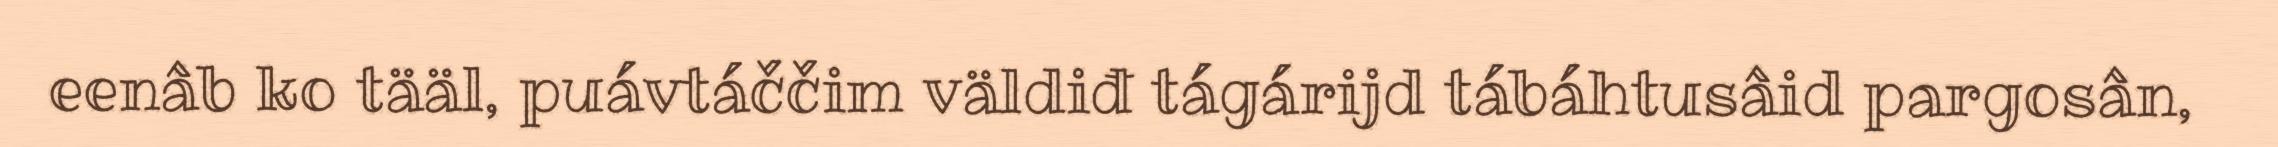
eenâb ko tääl, puávtáččim väldiđ tágárijd tábáhtusâid pargosân,